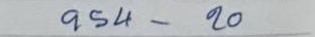
954 - 20